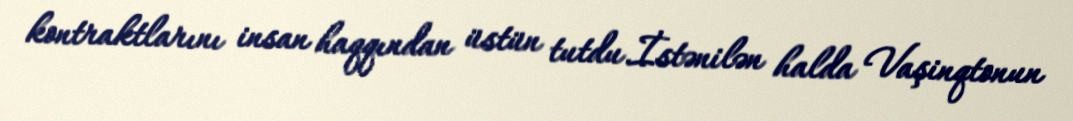
kontraktlarını insan haqqından üstün tutdu.İstənilən halda Vaşinqtonun